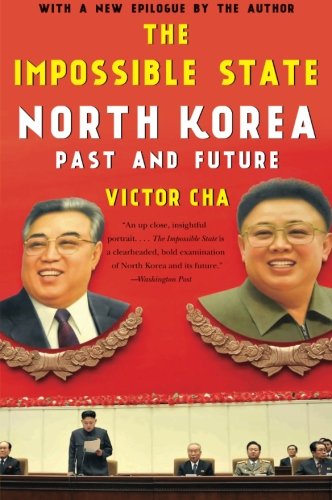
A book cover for The Impossible State: North Korea, Past and Future; Victor Cha; History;